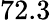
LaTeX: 72.3